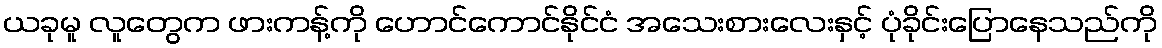
ယခုမူ လူတွေက ဖားကန့်ကို ဟောင်ကောင်နိုင်ငံ အသေးစားလေးနှင့် ပုံခိုင်းပြောနေသည်ကို